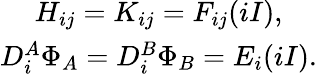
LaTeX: \begin{array}{c}{{H_{ij}=K_{ij}=F_{ij}(iI),}}\\ {{D_{i}^{A}\Phi_{A}=D_{i}^{B}\Phi_{B}=E_{i}(iI).}}\end{array}